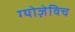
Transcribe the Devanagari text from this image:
ग्योज़ेविच